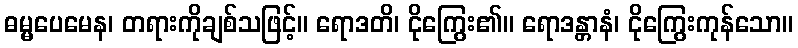
ဓမ္မပေမေန၊ တရားကိုချစ်သဖြင့်။ ရောဒတိ၊ ငိုကြွေး၏။ ရောဒန္တာနံ၊ ငိုကြွေးကုန်သော။